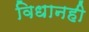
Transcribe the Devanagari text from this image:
विधानही